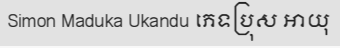
Simon Maduka Ukandu ភេទប្រុស អាយុ